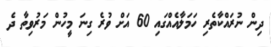
ދިން ނުރައްކާތެރި ހަމަލާއެއްގައި 60 އަށް ވުރެ ގިނަ މީހުން މަރުވިތާ ދެ